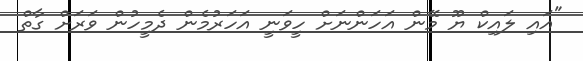
"އައި ލައިކް ޔޫ މޭން އަހަންނަށް ހީވަނީ އަހަރުމެން ދެމީހުން ވަރަށް ގާތް